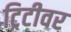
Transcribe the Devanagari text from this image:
ट्रिटीवर